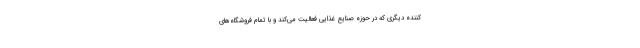
کننده دیگری که در حوزه صنایع غذایی فعالیت می‌کند و با تمام فروشگاه‌های